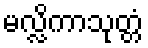
မလ္လိကာသုတ္တံ